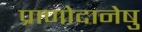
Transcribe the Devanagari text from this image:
प्राणोदानेषु